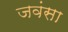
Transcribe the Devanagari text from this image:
जवंसा